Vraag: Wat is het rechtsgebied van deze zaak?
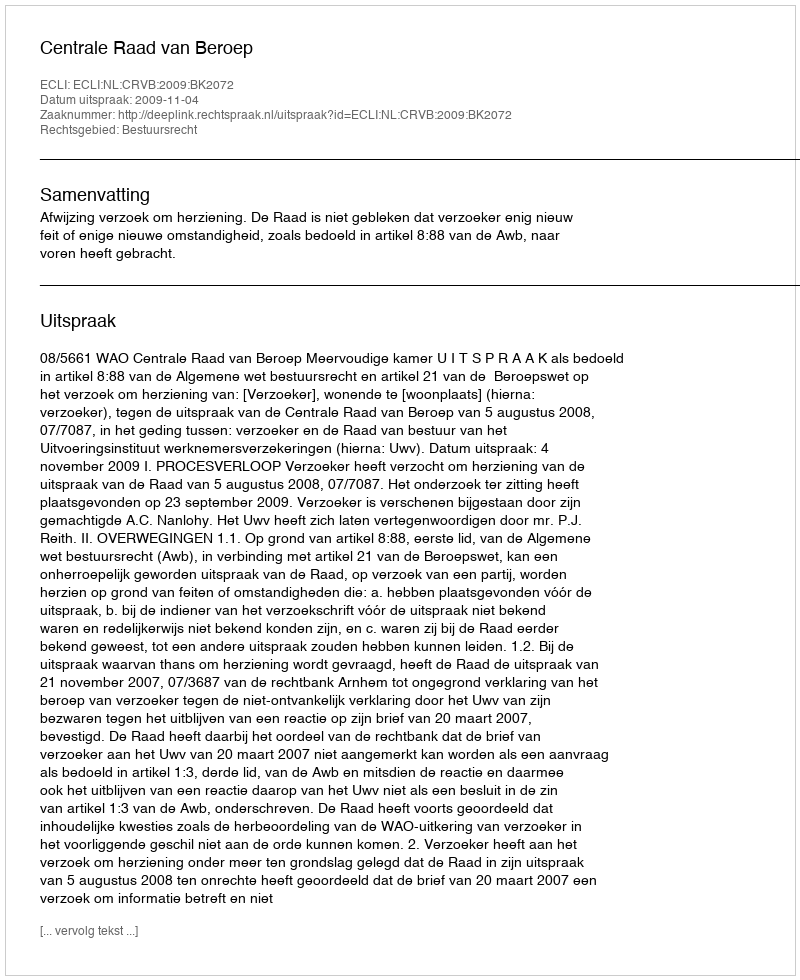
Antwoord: Bestuursrecht